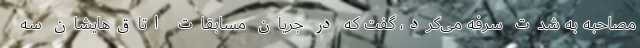
مصاحبه به شدت سرفه می‌کرد، گفت که در جریان مسابقات اتاق‌هایشان سه